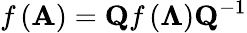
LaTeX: f\left(\mathbf{A}\right)=\mathbf{Q}f\left(\mathbf{\Lambda}\right)\mathbf{Q}^{-1}